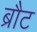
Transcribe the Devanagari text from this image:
ब्रौट